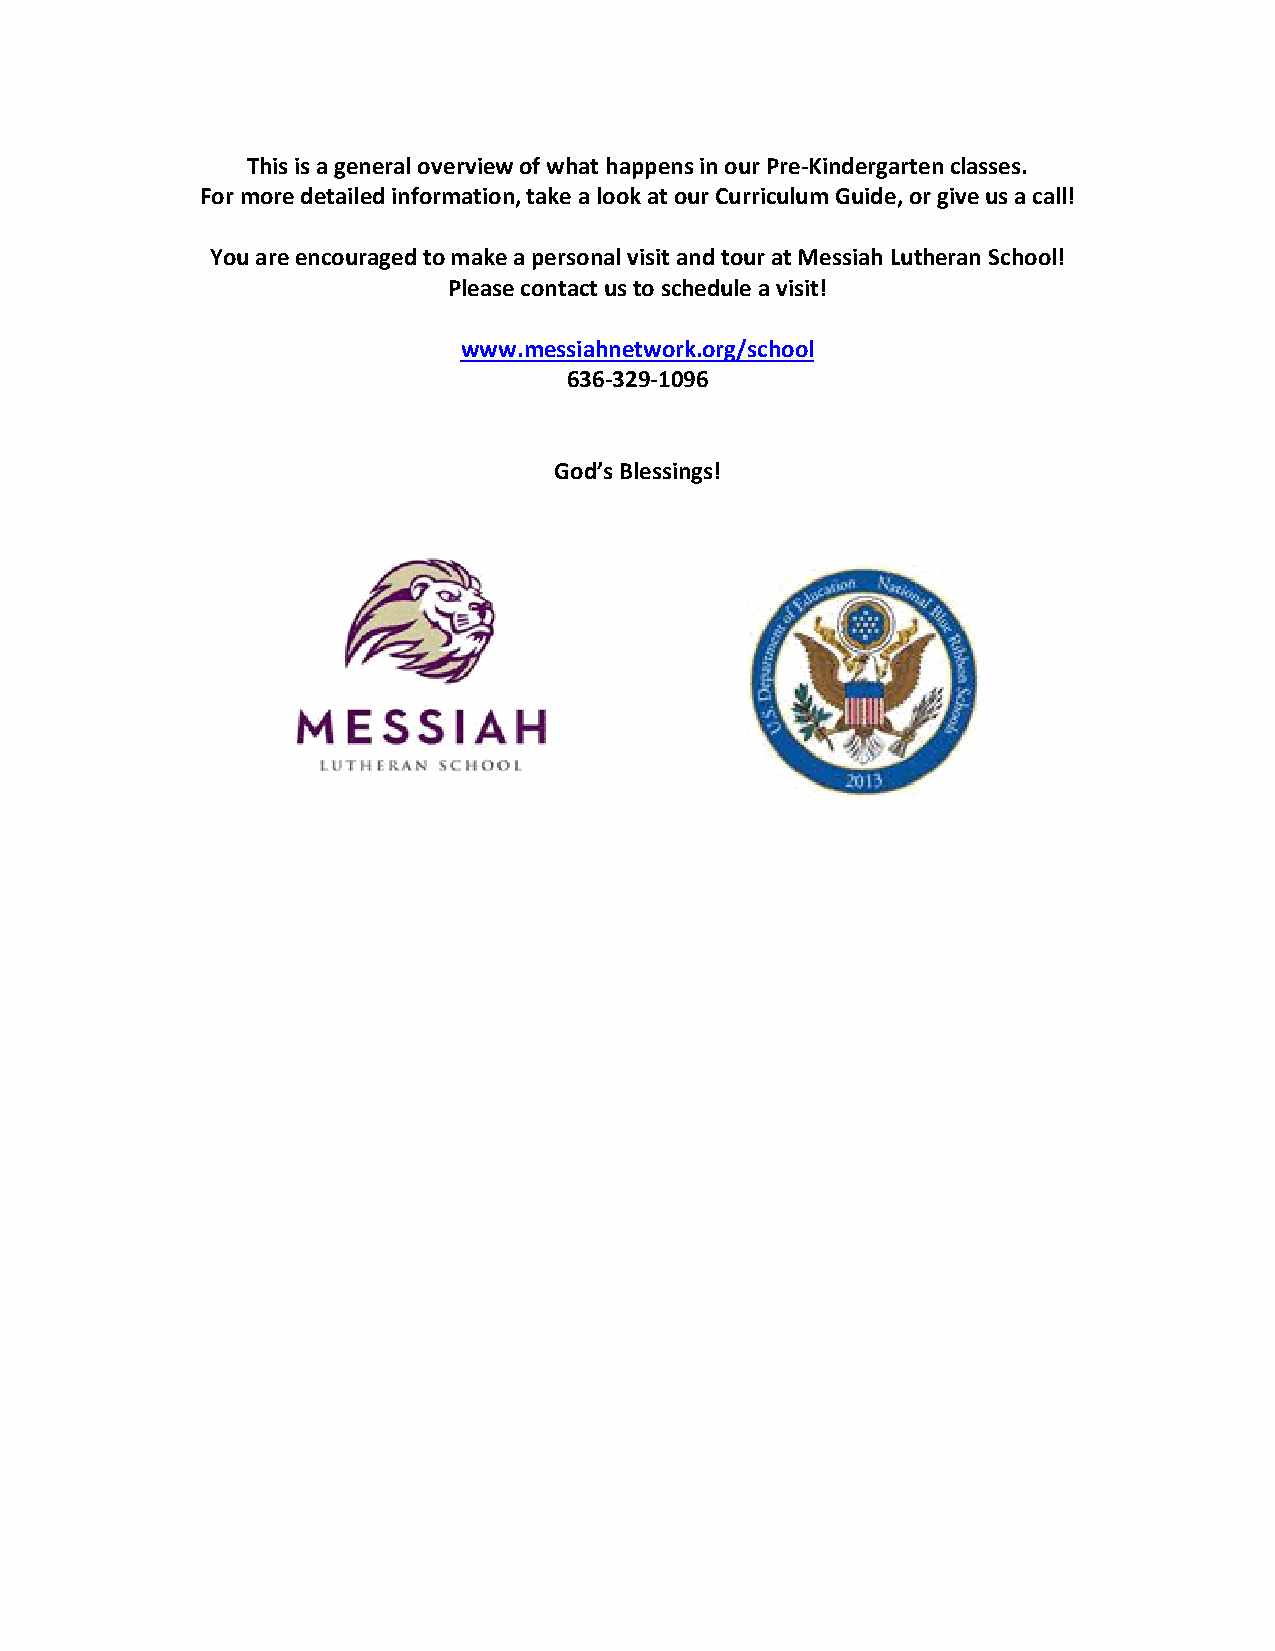
This is a general overview of what happens in our Pre-Kindergarten classes.
 For more detailed information, take a look at our Curriculum Guide, or give us a call!
 You are encouraged to make a personal visit and tour at Messiah Lutheran School!
 Please contact us to schedule a visit!
 www.messiahnetwork.org/school
 636-329-1096
 God’s Blessings!